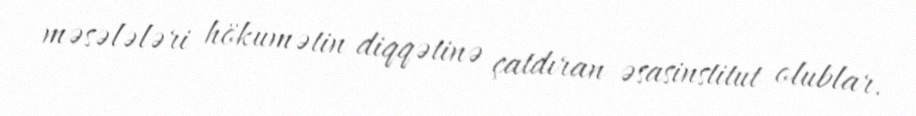
məsələləri hökumətin diqqətinə çatdıran əsasinstitut olublar.